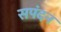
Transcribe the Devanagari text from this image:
सपंदन